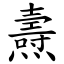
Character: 燾